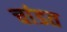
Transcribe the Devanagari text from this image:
चांडत